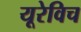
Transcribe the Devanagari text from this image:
यूरेविच